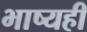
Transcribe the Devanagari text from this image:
भाष्यही